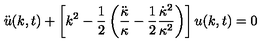
\ddot { u } ( k , t ) + \left[ k ^ { 2 } - { \frac { 1 } { 2 } } \left( { \frac { \ddot { \kappa } } { \kappa } } - { \frac { 1 } { 2 } } { \frac { \dot { \kappa } ^ { 2 } } { \kappa ^ { 2 } } } \right) \right] u ( k , t ) = 0